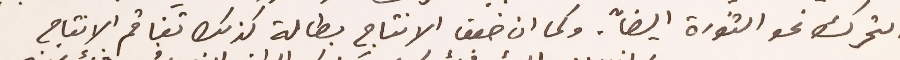
التحرك نحو الثورة ايضاً. وكما ان ضعف الانتاج بطالة كذلك تفاقم الانتاج